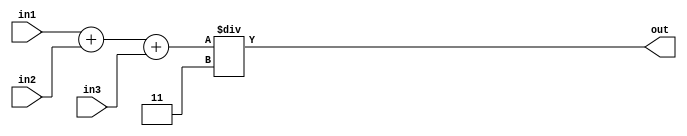
module add(

	input 			[31:0] in1,
	input 			[31:0] in2,
	input 			[31:0] in3,
	output 			[31:0] out

);


assign out = (in1 + in2 + in3) / 3;

endmodule